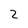
Character: 2